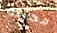
مجيئه